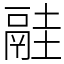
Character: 𩰳